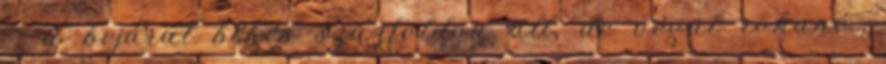
-, a bejárat békés szűzföldön áll, de végül rohanó,